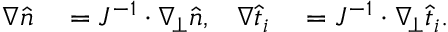
\begin{array} { r l r l } { \nabla \widehat { n } } & { { } = J ^ { - 1 } \cdot \nabla _ { \! \bot } \widehat { n } , } & { \nabla \widehat { t } _ { i } } & { { } = J ^ { - 1 } \cdot \nabla _ { \! \bot } \widehat { t } _ { i } . } \end{array}